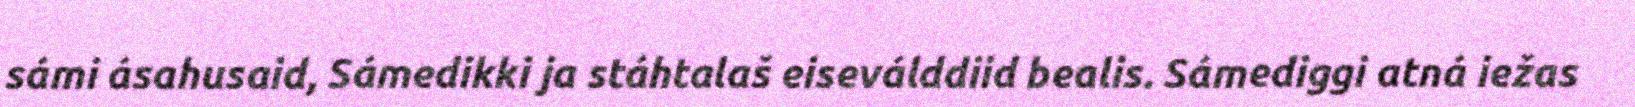
sámi ásahusaid, Sámedikki ja stáhtalaš eiseválddiid bealis. Sámediggi atná iežas